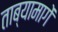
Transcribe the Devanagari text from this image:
ताब्यामागें